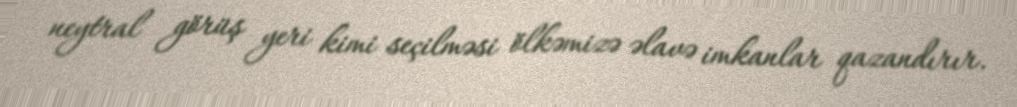
neytral görüş yeri kimi seçilməsi ölkəmizə əlavə imkanlar qazandırır.